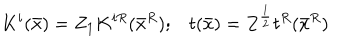
K ^ { i } ( \bar { x } ) = Z _ { 1 } K ^ { i R } ( \bar { x } ^ { R } ) ; t ( \bar { x } ) = Z ^ { \frac { 1 } { 2 } } t ^ { R } ( \bar { x } ^ { R } )